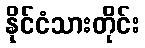
နိုင်ငံသားတိုင်း